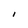
Character: I